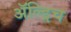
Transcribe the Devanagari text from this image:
ॲल्ड्रिच